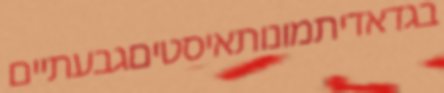
בגדאדיתמונותאיסטיםגבעתיים